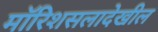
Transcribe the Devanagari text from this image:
मॉरिशसलादेखील